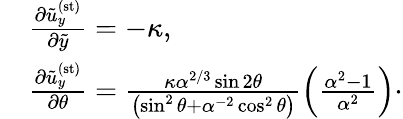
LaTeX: \begin{array}{rl}&{\frac{\partial\tilde{u}_{y}^{\mathrm{(st)}}}{\partial\tilde{y}}=-\kappa,}\\ &{\frac{\partial\tilde{u}_{y}^{\mathrm{(st)}}}{\partial\theta}=\frac{\kappa\alpha^{2/3}\sin 2\theta}{\left(\sin^{2}\theta+\alpha^{-2}\cos^{2}\theta\right)}\left(\frac{\alpha^{2}-1}{\alpha^{2}}\right)\cdot}\end{array}